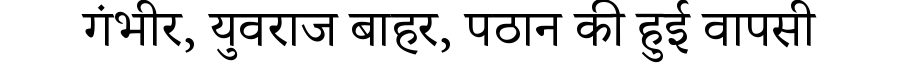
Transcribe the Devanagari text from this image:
गंभीर, युवराज बाहर, पठान की हुई वापसी